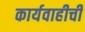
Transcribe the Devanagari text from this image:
कार्यवाहीची